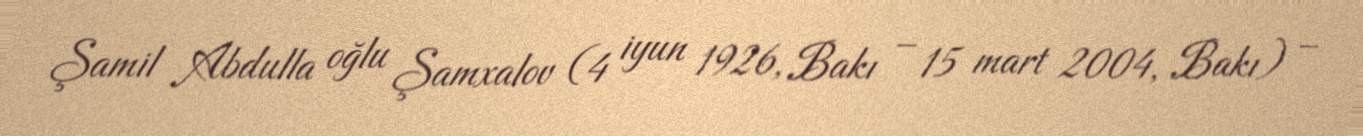
Şamil Abdulla oğlu Şamxalov (4 iyun 1926, Bakı – 15 mart 2004, Bakı) –